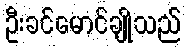
ဦးခင်မောင်ချိုသည်